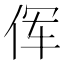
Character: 𫝈